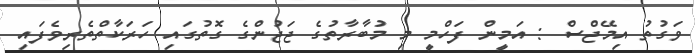
ވަގުތު އިމޭޖްސް : އަމީން ފަހްމީ މި މުބާރާތުގެ ޖަޖުންގެ ގޮތުގައި ހަރަކާާތްތެރިވެފައި